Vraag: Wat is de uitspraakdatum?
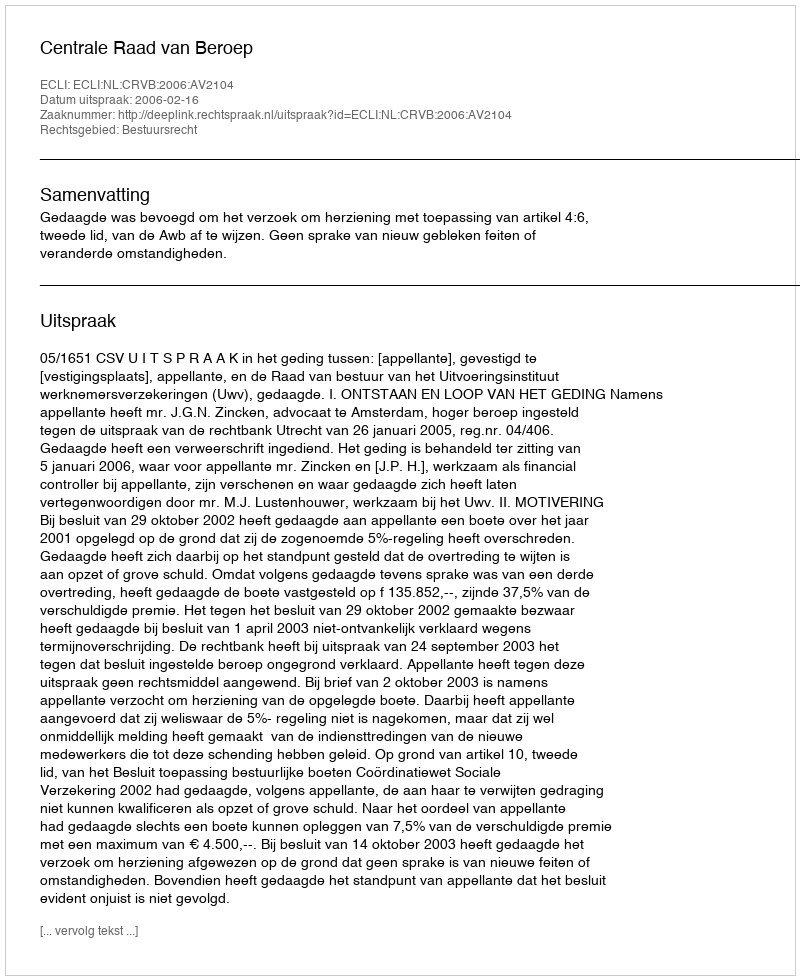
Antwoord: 2006-02-16